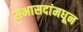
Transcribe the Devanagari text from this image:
सभासदांमधून